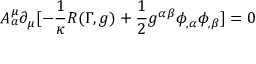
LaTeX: A _ { a } ^ { \mu } \partial _ { \mu } [ - \frac { 1 } { \kappa } R ( \Gamma , g ) + \frac { 1 } { 2 } g ^ { \alpha \beta } \phi _ { , \alpha } \phi _ { , \beta } ] = 0